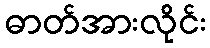
ဓာတ်အားလိုင်း